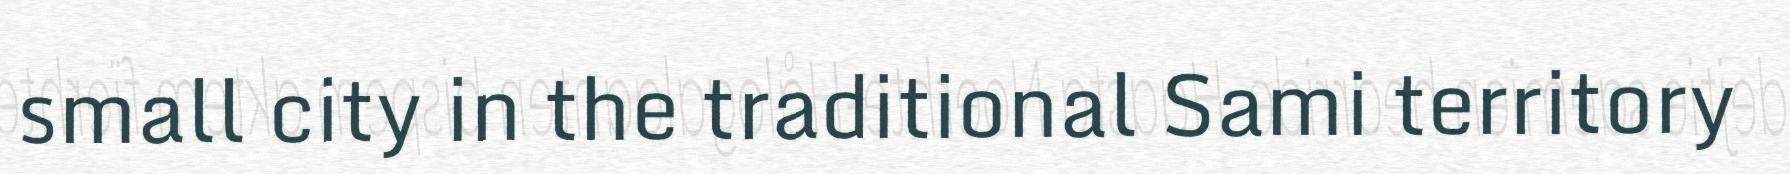
small city in the traditional Sami territory